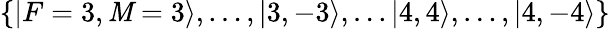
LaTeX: \{ |F=3,\mathit{M}=3\rangle,\ldots,|3,-3\rangle,\ldots|4,4\rangle,\ldots,|4,-4\rangle\}